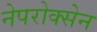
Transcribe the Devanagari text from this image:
नेपरोक्सेन